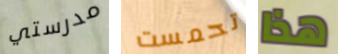
مدرستي تحمست هذا